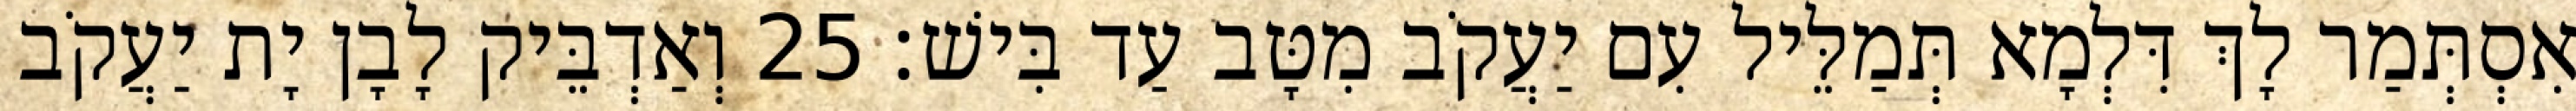
אִסְתְּמַר לָךְ דִּלְמָא תְּמַלֵּיל עִם יַעֲקֹב מִטָּב עַד בִּישׁ׃ 25 וְאַדְבֵּיק לָבָן יָת יַעֲקֹב